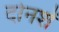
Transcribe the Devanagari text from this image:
दोनशें